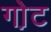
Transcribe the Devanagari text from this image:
गो़ट